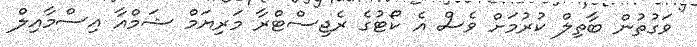
ވަގުތުން ބާތިލް ކުރުމަށް ވެސް އެ ކޯޓުގެ ރެޖިސްޓްރާ މަރިޔަމް ޝަމްއާ އިސްމާއިލް